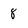
Character: 8